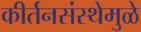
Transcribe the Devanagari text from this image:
कीर्तनसंस्थेमुळे